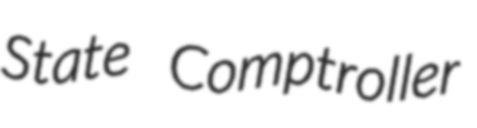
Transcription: State Comptroller